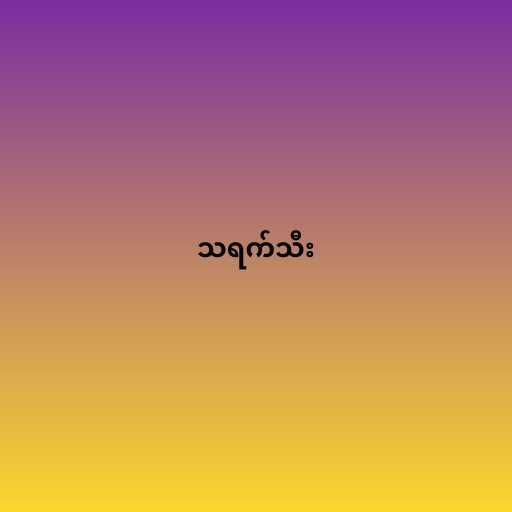
သရက်သီး